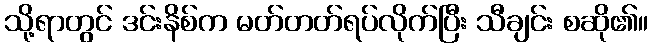
သို့ရာတွင် ဒင်းနိစ်က မတ်တတ်ရပ်လိုက်ပြီး သီချင်း စဆို၏။